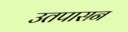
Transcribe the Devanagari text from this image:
उतपासन